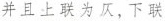
并且上联为仄，下联